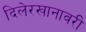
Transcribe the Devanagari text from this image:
दिलेरखानावरी